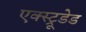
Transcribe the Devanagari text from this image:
एक्स्ट्रूडेड